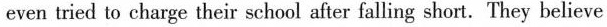
even tried to charge their school after falling short.They believe